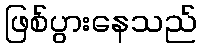
ဖြစ်ပွားနေသည်